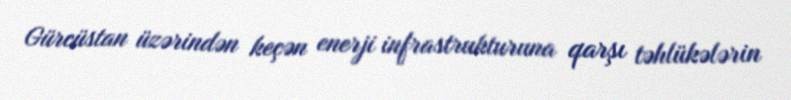
Gürcüstan üzərindən keçən enerji infrastrukturuna qarşı təhlükələrin